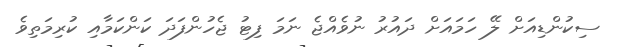
ސިކުންޑިއަށް ލޭ ހަމައަށް ދައުރު ނުވެއްޖެ ނަމަ ފިޓު ޖެހުންފަދަ ކަންކަމާއި ކުރިމަތިވެ